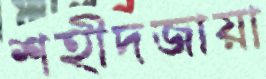
শহীদজায়া